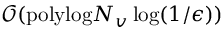
\mathcal { O } ( \mathrm { p o l y l o g } N _ { v } \log ( 1 / \epsilon ) )